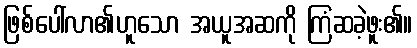
ဖြစ်ပေါ်လာ၏ဟူသော အယူအဆကို ကြံဆခဲ့ဖူး၏။